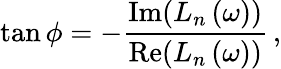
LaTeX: \tan\phi=-\frac{\mathrm{Im}(L_{n}\left(\omega\right))}{\mathrm{Re}(L_{n}\left(\omega\right))}\, ,